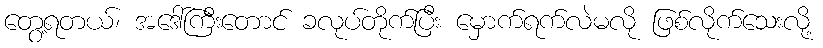
တွေ့ရတယ်၊ အဒေါ်ကြီးတောင် ခလုပ်တိုက်ပြီး မှောက်ရက်လဲမလို ဖြစ်လိုက်သေးလို့